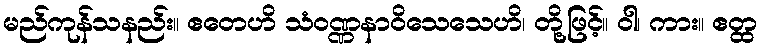
မည်ကုန်သနည်း။ ဧတေဟိ သံဝဏ္ဏနာဝိသေသေဟိ၊ တို့ဖြင့်။ ဝါ၊ ကား။ ဧတ္ထ